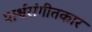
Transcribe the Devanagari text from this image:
पार्श्वसंगीतकार